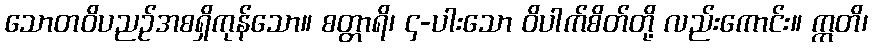
သောတဝိပညဉ်အစရှိကုန်သော။ စတ္တာရိ၊ ၄-ပါးသော ဝိပါက်စိတ်တို့ လည်းကောင်း။ ဣတိ၊